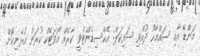
މަންޑޭ އާއި ސައްމާހު ދުއްވި ސައިކަލް: އެކްސިޑެންޓްވީ ކާރެއް އޯވަޓޭކް ކުރަން އުޅެނިކޮށް